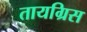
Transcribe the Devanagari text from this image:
तायग्रिस